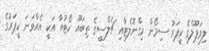
ލިވަޕޫލްގެ ކީޕަރު ސިމޯން މިގްނޮލެޓާއި ޗެލްސީގެ ތިބައޫ ކޯޓުއާ އަކީ އެއްވަނަ ކީޕަރުގެ